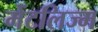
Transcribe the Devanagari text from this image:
मेंटलिज्म